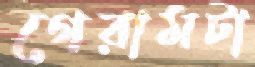
গেরামটা